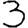
Digit: 3